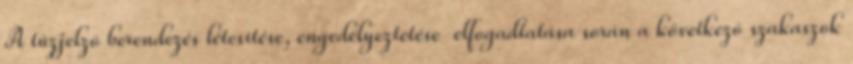
A tûzjelzõ berendezés létesítése, engedélyeztetése elfogadtatása során a következõ szakaszok